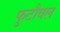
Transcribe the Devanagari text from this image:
फुटौवल